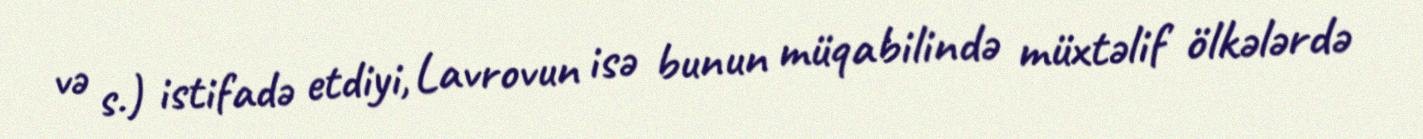
və s.) istifadə etdiyi, Lavrovun isə bunun müqabilində müxtəlif ölkələrdə